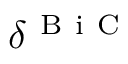
\delta _ { } ^ { \mathrm { ~ B ~ i ~ C ~ } }